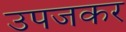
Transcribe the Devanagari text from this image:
उपजकर